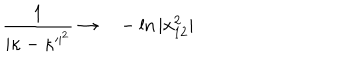
\frac { 1 } { \vert \kappa - \kappa ^ { \prime \vert ^ { 2 } } } \rightarrow \ \ \ - \ln \vert x _ { 1 2 } ^ { 2 } \vert